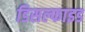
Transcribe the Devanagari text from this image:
डिसल्फाइड